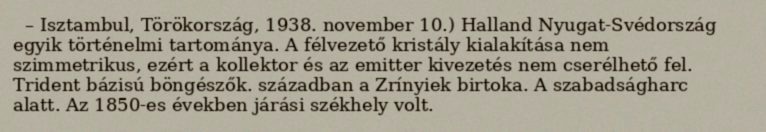
– Isztambul, Törökország, 1938. november 10.) Halland Nyugat-Svédország egyik történelmi tartománya. A félvezető kristály kialakítása nem szimmetrikus, ezért a kollektor és az emitter kivezetés nem cserélhető fel. Trident bázisú böngészők. században a Zrínyiek birtoka. A szabadságharc alatt. Az 1850-es években járási székhely volt.